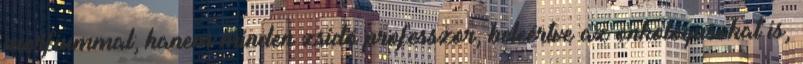
morfiummal; hanem minden zsidó professzor, beleértve az onkológusokat is,